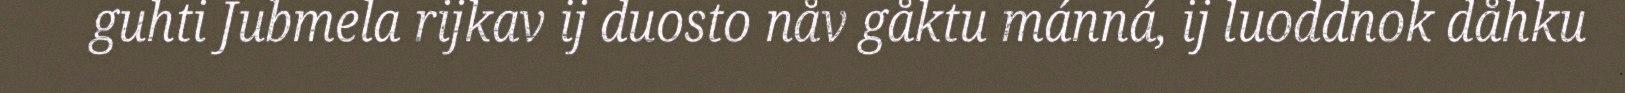
guhti Jubmela rijkav ij duosto nåv gåktu mánná, ij luoddnok dåhku